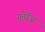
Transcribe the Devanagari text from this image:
गुतेर्रेज़